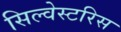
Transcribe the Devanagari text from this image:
सिल्वेस्टरिस